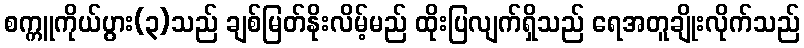
စက္ကူကိုယ်ပွား(၃)သည် ချစ်မြတ်နိုးလိမ့်မည် ထိုးပြလျက်ရှိသည် ရေအတူချိုးလိုက်သည်